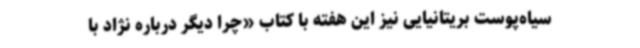
سیاه‌پوست بریتانیایی نیز این هفته با کتاب «چرا دیگر درباره نژاد با